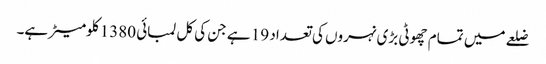
ضلعے میں تمام چھوٹی بڑی نہروں کی تعداد 19 ہے جن کی کل لمبائی 1380 کلومیٹر ہے۔